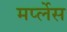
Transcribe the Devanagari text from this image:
मर्प्लेस